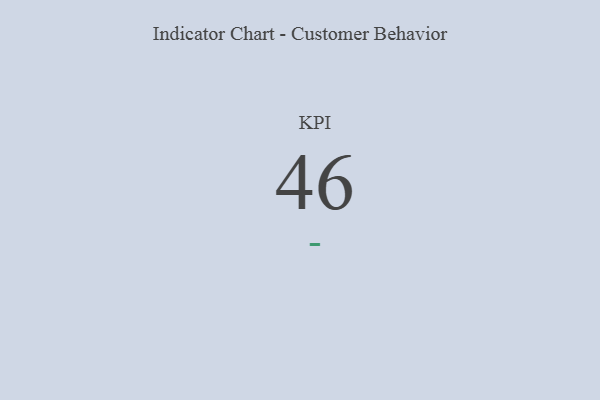
{"axis": {"x": "KPI", "y": "Value"}, "legend": [""], "data": [{"x": "KPI", "y": 46, "type": ""}]}